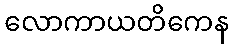
လောကာယတိကေန